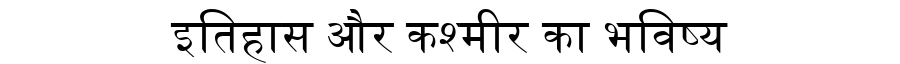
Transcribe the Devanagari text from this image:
इतिहास और कश्मीर का भविष्य